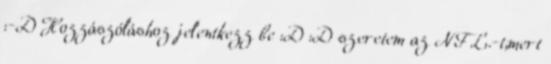
:-D Hozzászóláshoz jelentkezz be :D :D szeretem az NFL.-t,mert